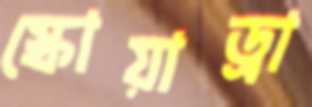
স্কোয়াড্রা